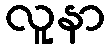
လူနာ